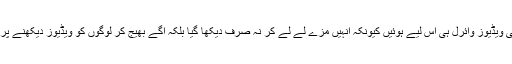
رابی پیرزادہ کی ویڈیوز وائرل ہی اس لیے ہوئیں کیونکہ انہیں مزے لے لے کر نہ صرف دیکھا گیا بلکہ آگے بھیج کر لوگوں کو ویڈیوز دیکھنے پر مجبور کیا گیا۔